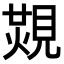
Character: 𧡙